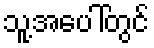
သူ့အပေါ်တွင်